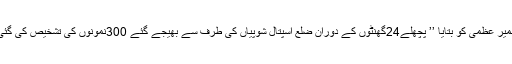
سکمز میڈیکل کالج بمنہ کے پرنسپل ڈاکٹر ریاض احمد ایتو نے کشمیر عظمیٰ کو بتایا ’’ پچھلے24گھنٹوں کے دوران ضلع اسپتال شوپیاں کی طرف سے بھیجے گئے 300نمونوں کی تشخیص کی گئی جن میں سے9مثبت جبکہ291رپورٹیں منفی قرار دی گئیں ہیں‘‘۔